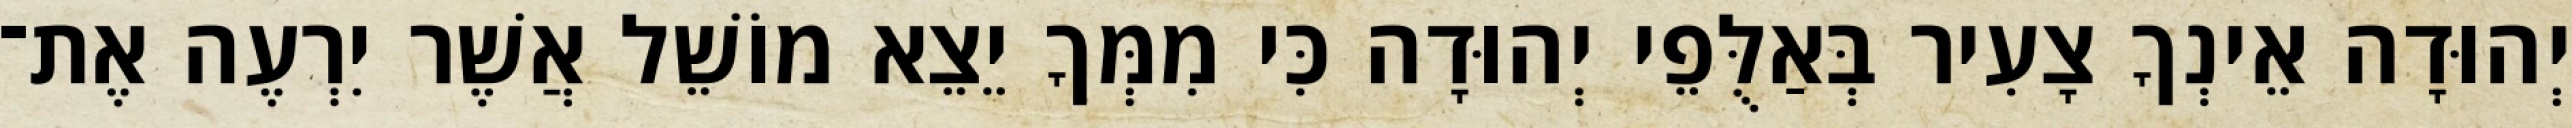
יְהוּדָה אֵינְךָ צָעִיר בְּאַלֻּפֵי יְהוּדָה כִּי מִמְּךָ יֵצֵא מוֹשֵׁל אֲשֶׁר יִרְעֶה אֶת־